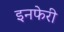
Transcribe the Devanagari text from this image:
इनफेरी